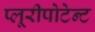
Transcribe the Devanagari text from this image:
प्लूरीपोटेन्ट